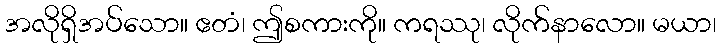
အလိုရှိအပ်သော။ ဧတံ၊ ဤစကားကို။ ကရဿု၊ လိုက်နာလော။ မယာ၊